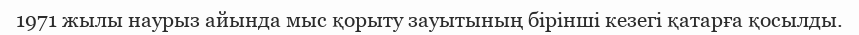
1971 жылы наурыз айында мыс қорыту зауытының бірінші кезегі қатарға қосылды.